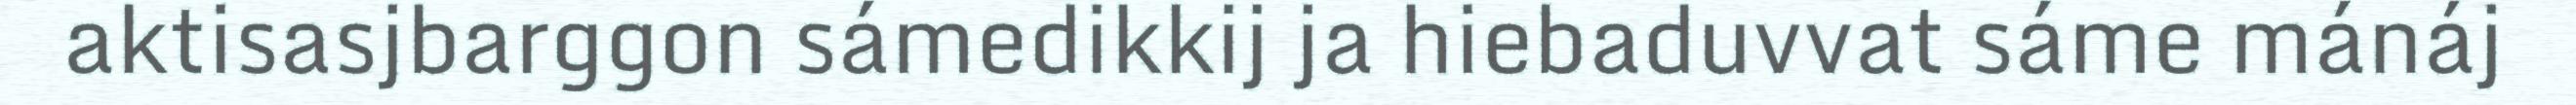
aktisasjbarggon sámedikkij ja hiebaduvvat sáme mánáj